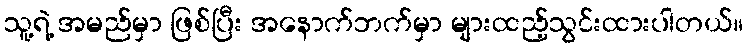
သူ့ရဲ့ အမည်မှာ ဖြစ်ပြီး အနောက်ဘက်မှာ များထည့်သွင်းထားပါတယ်။